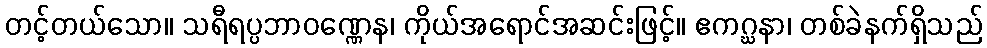
တင့်တယ်သော။ သရီရပ္ပဘာဝဏ္ဏေန၊ ကိုယ်အရောင်အဆင်းဖြင့်။ ဧကဂ္ဃနာ၊ တစ်ခဲနက်ရှိသည်